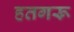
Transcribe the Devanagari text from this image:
हतगरू